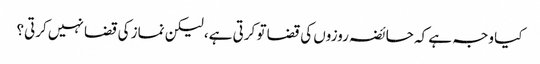
کیا وجہ ہے کہ حائضہ روزوں کی قضا تو کرتی ہے، لیکن نماز کی قضا نہیں کرتی؟